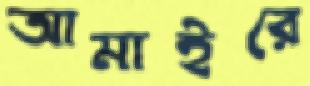
আমাইরে